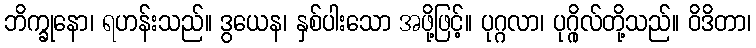
ဘိက္ခုနော၊ ရဟန်းသည်။ ဒွယေန၊ နှစ်ပါးသော အဖို့ဖြင့်။ ပုဂ္ဂလာ၊ ပုဂ္ဂိုလ်တို့သည်။ ဝိဒိတာ၊